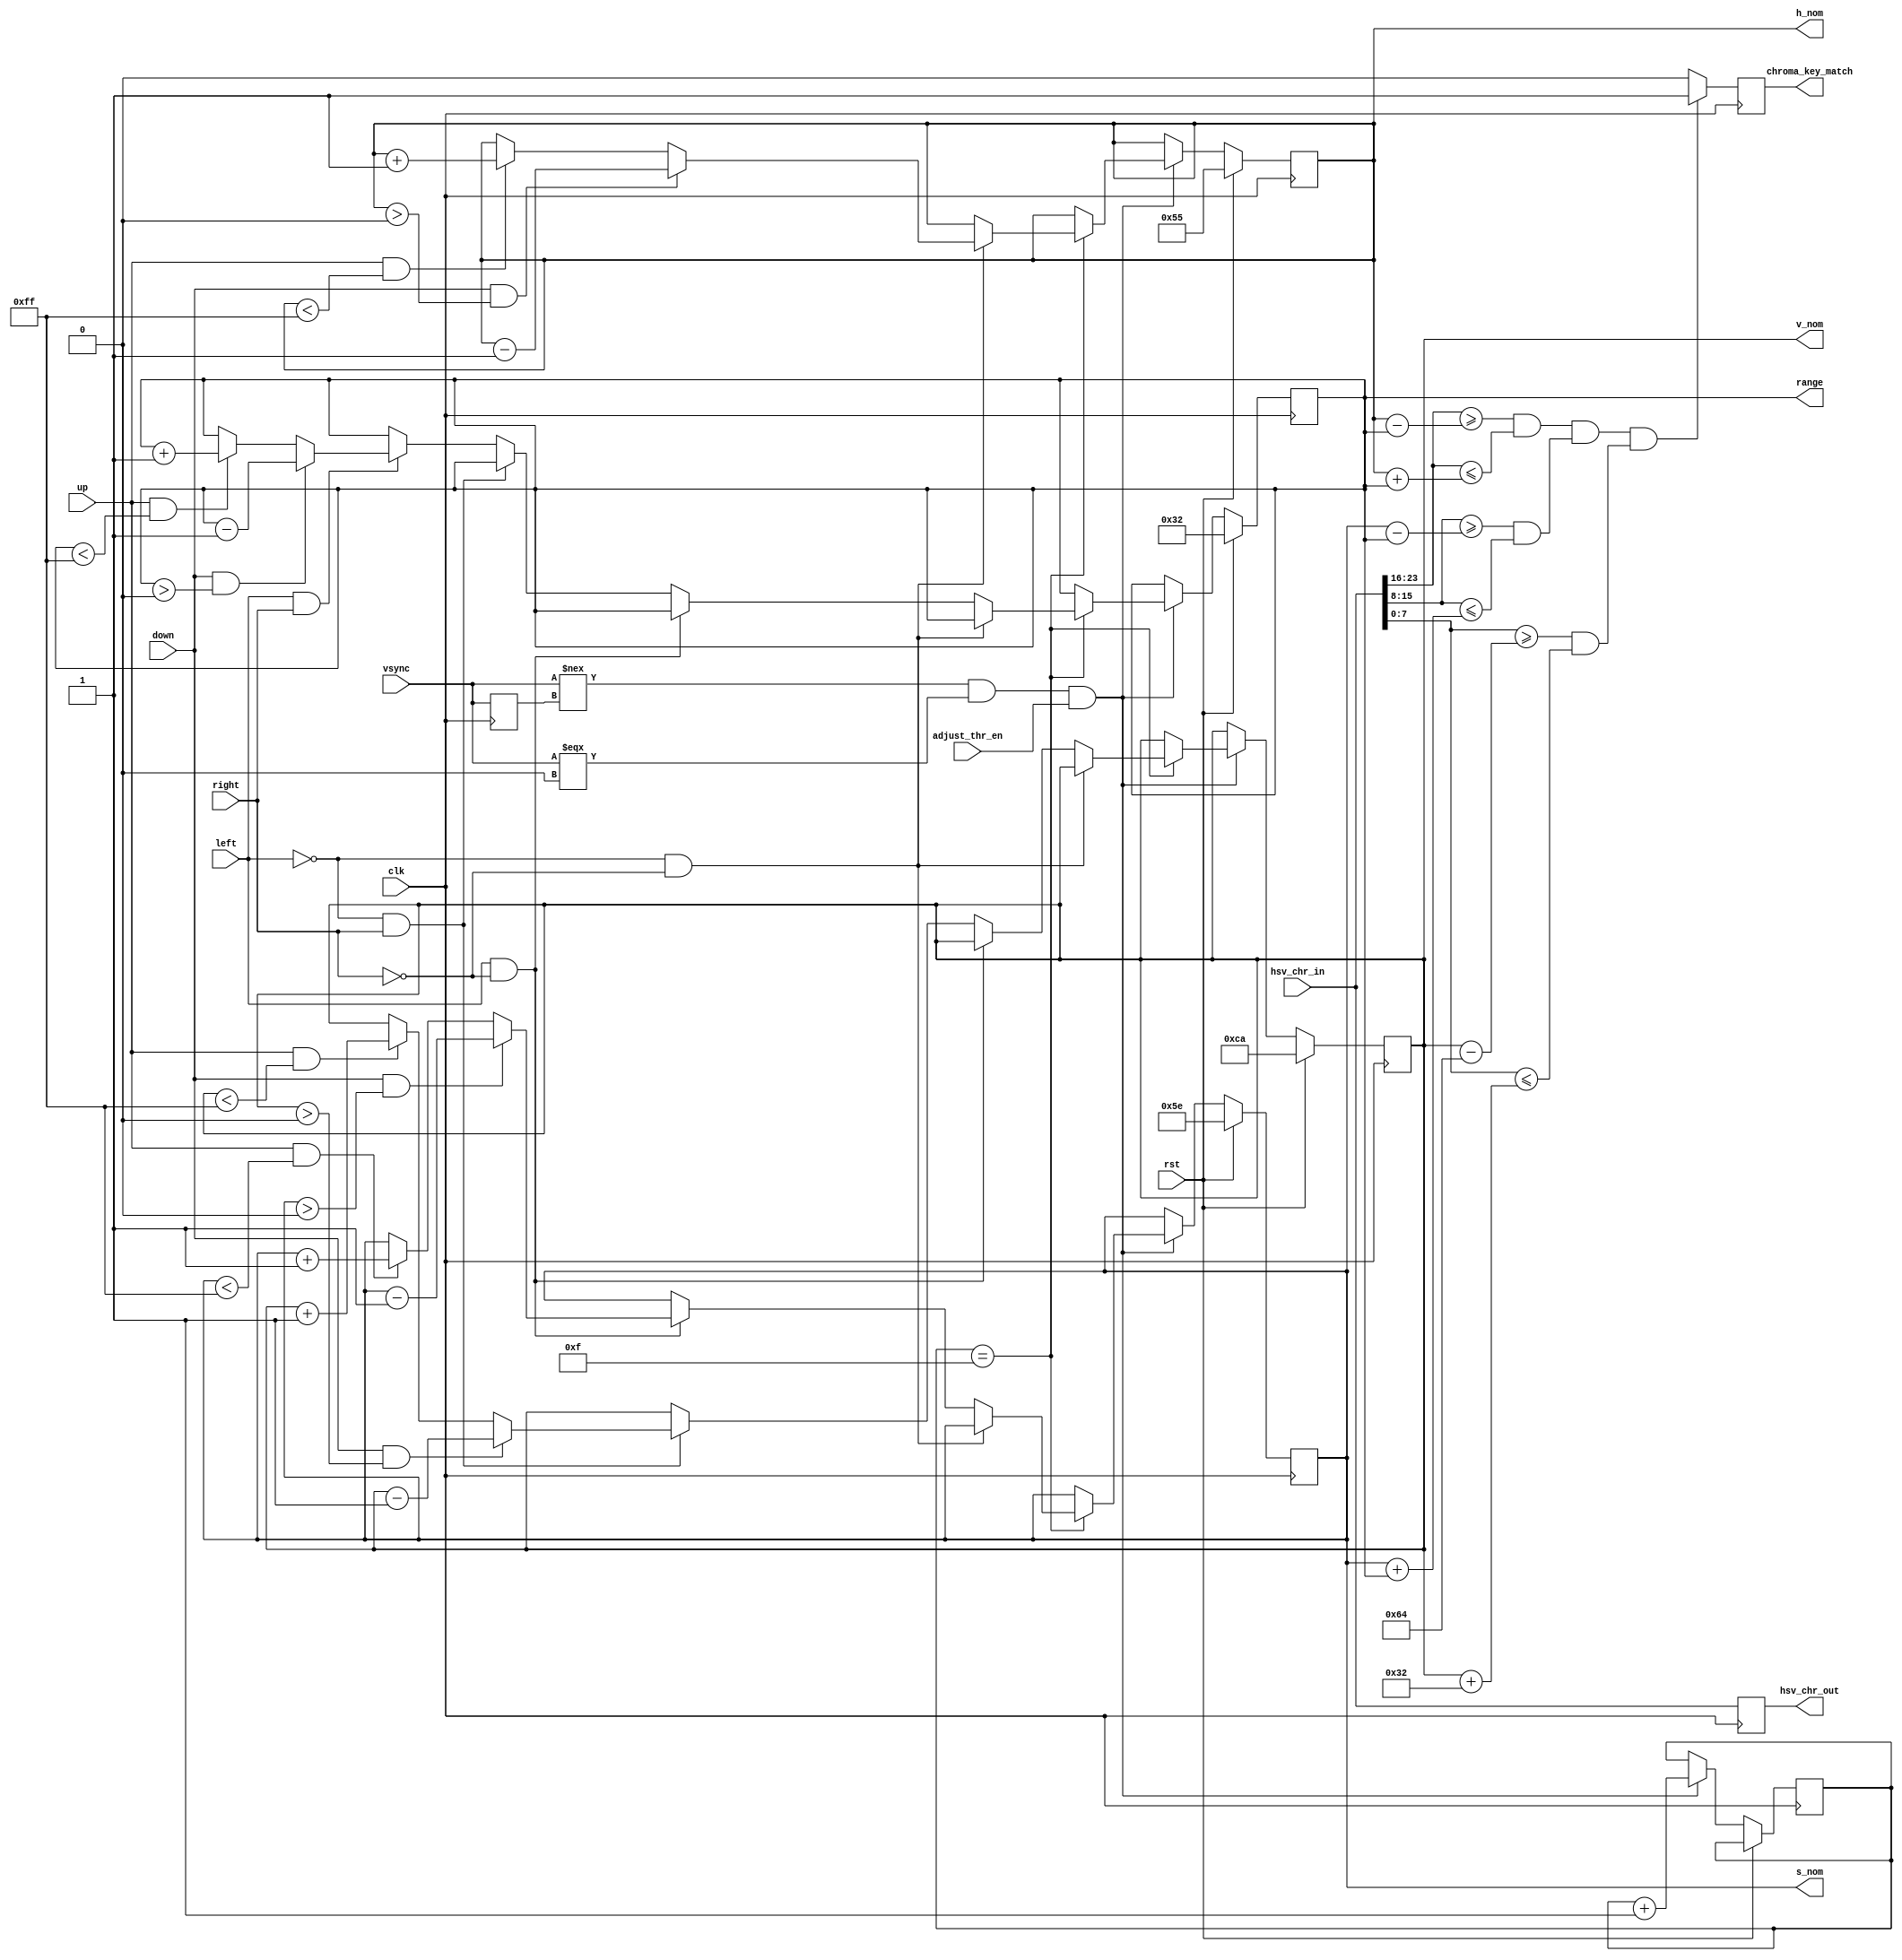
`timescale 1ns / 1ps
//////////////////////////////////////////////////////////////////////////////////
// Company: 
// 
// Design Name: 
// Module Name:    chroma_key 
// Project Name: 
// Target Devices: 
// Tool versions: 
// Description: Determines whether the HSV values of the input pixel fall into a
//              pre-defined range and if so, marks that pixel as having matched
//              the chroma key. Nominal HSV threshholds are defined as parameters,
//              but threshholds used in color detection can be adjusted by user.
//
// Dependencies: 
//
// Revision: 
// Revision 0.01 - File Created
// Additional Comments: 
//
//////////////////////////////////////////////////////////////////////////////////
module chroma_key(
    input clk, rst,
    input vsync,
    input [23:0] hsv_chr_in,
    input up, down, left, right,
    input adjust_thr_en,  // allows user to adjust threshholds
    output [7:0] range, h_nom, s_nom, v_nom,
    output reg [23:0] hsv_chr_out,
    output reg chroma_key_match
  );
  
  localparam H_NOMINAL = 8'd85;
  //localparam H_RANGE_POS = 8'd50;
  //localparam H_RANGE_NEG = 8'd50;
  
  localparam S_NOMINAL = 8'd94;
  //localparam S_RANGE_POS = 8'd50;
  //localparam S_RANGE_NEG = 8'd50;
  
  localparam V_NOMINAL = 8'd202;
  localparam V_RANGE_POS = 8'd50;
  localparam V_RANGE_NEG = 8'd100;
  
  localparam RANGE_NOMINAL = 8'd50;
  
  // HSV threshholds that can all be adjusted by user
  reg [7:0] h_nom_q = H_NOMINAL;
  reg [7:0] s_nom_q = S_NOMINAL;
  reg [7:0] v_nom_q = V_NOMINAL;
  reg [7:0] range_q = RANGE_NOMINAL; // threshhold +/- range for H and S
  
  assign {range, h_nom, s_nom, v_nom} = {range_q, h_nom_q, s_nom_q, v_nom_q};
  
  // max and min for H
  wire [7:0] h_max = h_nom_q+range_q;
  wire [7:0] h_min = h_nom_q-range_q;
  
  // max and min for S
  wire [7:0] s_max = s_nom_q+range_q;
  wire [7:0] s_min = s_nom_q-range_q;
  
  // max and min for V
  wire [7:0] v_max = v_nom_q+V_RANGE_POS;
  wire [7:0] v_min = v_nom_q-V_RANGE_NEG;
  
  // HSV values of input pixel
  wire [7:0] h_chr_in = hsv_chr_in[23:16];
  wire [7:0] s_chr_in = hsv_chr_in[15:8];
  wire [7:0] v_chr_in = hsv_chr_in[7:0];
  
  // determine whether HSV values are in range
  wire h_in_range = (h_chr_in >= h_min) && (h_chr_in <= h_max);
  wire s_in_range = (s_chr_in >= s_min) && (s_chr_in <= s_max);
  wire v_in_range = (v_chr_in >= v_min) && (v_chr_in <= v_max);
  wire in_range = h_in_range && s_in_range && v_in_range;
  
  // detect falling edge of vsync
  reg vsync_q;
  always @(posedge clk) vsync_q <= vsync;
  
  wire vsync_falling;
  assign vsync_falling = (vsync !== vsync_q) && (vsync === 1'b0);
  
  reg [3:0] vsync_counter = 0;
  
  always @(posedge clk) begin
    hsv_chr_out <= hsv_chr_in;
    chroma_key_match <= (in_range) ? 1 : 0;
    
    if (rst) begin
      h_nom_q <= H_NOMINAL;
      s_nom_q <= S_NOMINAL;
      v_nom_q <= V_NOMINAL;
      range_q <= RANGE_NOMINAL;
    end else if (vsync_falling && adjust_thr_en) begin
      vsync_counter <= vsync_counter+1'b1; // to slow down adjustment speed
      if (vsync_counter == 4'd15) begin
        if (!left && !right) begin              // change H threshold
          if (up && (h_nom_q < 8'd255)) h_nom_q <= h_nom_q+1'b1;
          if (down && (h_nom_q > 8'd0)) h_nom_q <= h_nom_q-1'b1;
        end else if (left && !right) begin      // change S threshold
          if (up && (s_nom_q < 8'd255)) s_nom_q <= s_nom_q+1'b1;
          if (down && (s_nom_q > 8'd0)) s_nom_q <= s_nom_q-1'b1;
        end else if (!left && right) begin      // change V threshold
          if (up && (v_nom_q < 8'd255)) v_nom_q <= v_nom_q+1'b1;
          if (down && (v_nom_q > 8'd0)) v_nom_q <= v_nom_q-1'b1;
        end else if (left && right) begin      // change threshold range
          if (up && (range_q < 8'd255)) range_q <= range_q+1'b1;
          if (down && (range_q > 8'd0)) range_q <= range_q-1'b1;
        end
      end
    end
  end

endmodule